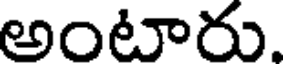
అంటారు.